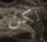
لكن